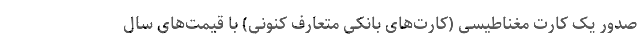
صدور یک کارت مغناطیسی (کارت‌های بانکی متعارف کنونی) با قیمت‌های سال